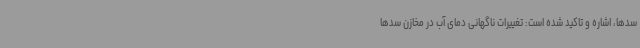
سدها، اشاره و تاکید شده است: تغییرات ناگهانی دمای آب در مخازن سدها